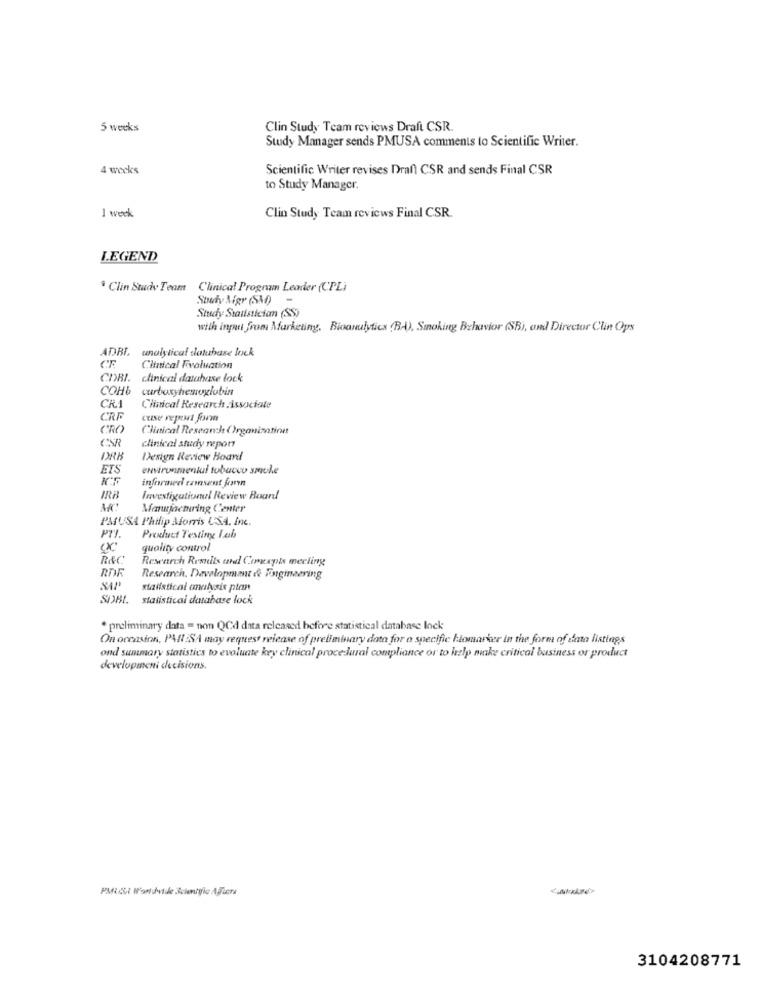
5 weeks
Clin Study Team reviews Draft CSR.
Study Manager sends PMUSA comments to Scientific Writer.
4 weeks
Scientific Writer revises Draft CSR and sends Final CSR
to Study Manager.
1 week
Clin Study Team reviews Final CSR.
LEGEND
* Clin Study Team Clinical Program Leader (CPL)
Study Migr (SM)
with input from Marketing. Bioanulytics (BA), Smoking Behavior (SB), and Director Clin Ops
ADBI. analytical dokusbase lock
Clinical Evaluation
CORI.
clinical database lock
СОНЬ
carboxyhemoglobin
CRA
Clinical Research Associate
CRE
CRO
Clinical Research Organization
CS
clinical study report
DRB
Design Review Board
ETS
environmental tobacco smule
informed taisent forn
IRB
Investigationul Review Board
Manufacturing Center
PAUSA Philip Morris US.A. Inc.
Prexhuet Testing Lab
(X
quality control
R&C
Research Remits tand Concepts mecling
RDF
Research, Davelopmat & Faginearing
statistical analysis plan
SOBI. statistical database lock
* preliminary data = non QCd data released before statistical database lock
On occasion, PAR SA may request release of preliminary data for a specific hiomarker in the form of data listings
ond summary statistics to evaluate key clinical procedural compliance or to help make critical business or product
development decisions.
PMUSI M'ontdivide Scienigie After
3104208771